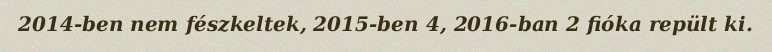
2014-ben nem fészkeltek, 2015-ben 4, 2016-ban 2 fióka repült ki.